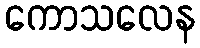
ကောသလေန